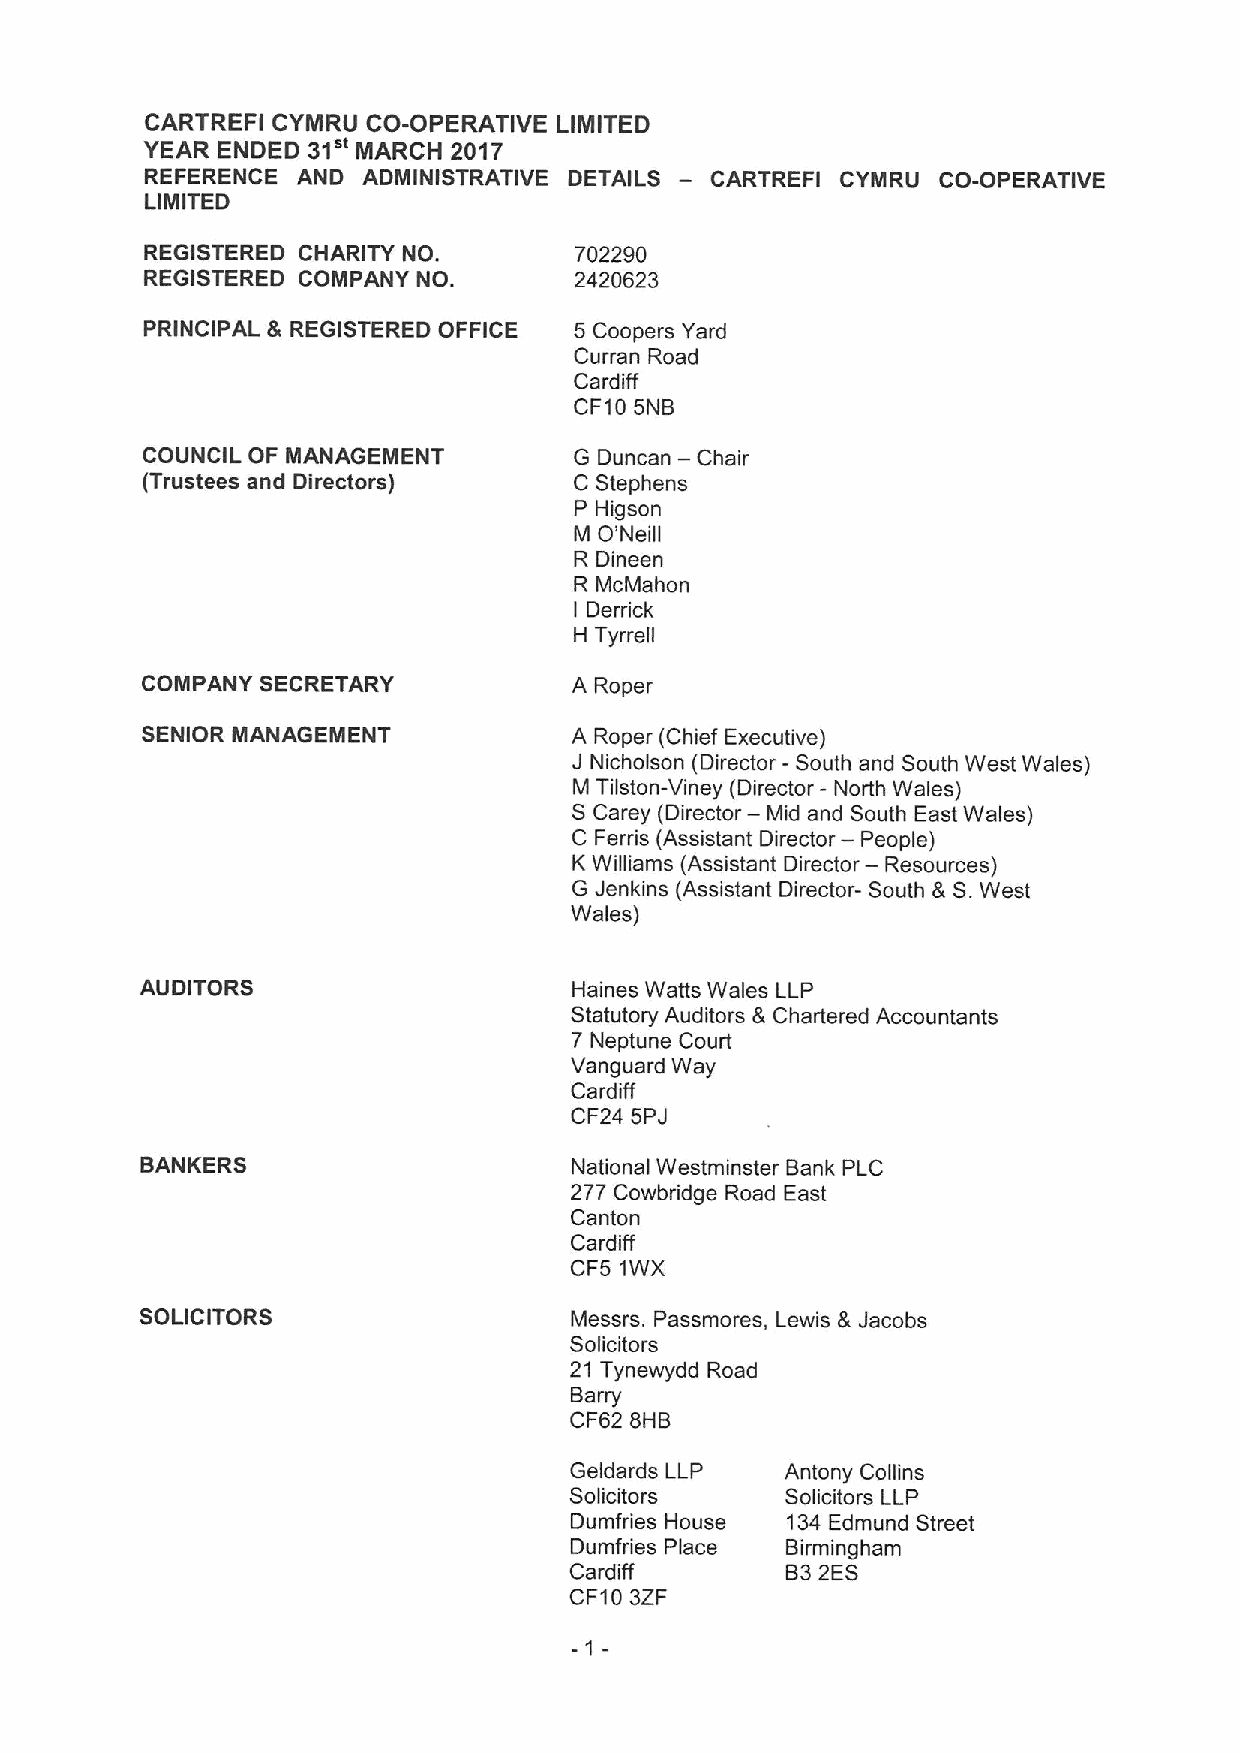
CARTREFI CYMRU CO-OPERATIVE LIMITED
 31"
 YEAR ENDED     MARCH 2017
 REFERENCE AND ADMINISTRATIVE DETAILS — CARTREFI CYMRU CO-OPERATIVE
 LIMITED
 REGISTERED CHARITY NO.      702290
 REGISTERED COMPANY NO.      2420623
 PRINCIPAL & REGISTERED OFFICE 5 Coopers Yard
 Curran Road
 Cardiff
 CF105NB
 COUNCIL OF MANAGEMENT        G Duncan — Chair
 (Trustees and Directors)     C Stephens
 P Higson
 O'
 M  Neill
 R Dineen
 R McMahon
 Derrick
 I
 H Tyrrell
 COMPANY SECRETARY            A Roper
 SENIOR MANAGEMENT            A Roper (Chief Executive)
 J Nicholson (Director - South and South West Wales)
 M Tiiston-Viney (Director - North Wales)
 SCarey (Director — Mid and South East Wales)
 —
 C Ferris (Assistant Director People)
 —
 K Williams (Assistant Director Resources)
 G Jenkins (Assistant Director- South &S.West
 Wales)
 AUDITORS                     Haines Watts Wales LLP
 Statutory Auditors &Chartered Accountants
 7 Neptune Court
 Vanguard Way
 Cardiff
 CF24 5PJ
 BANKERS                      National Westminster Bank PLC
 277 Cowbridge Road East
 Canton
 Cardiff
 CF5 1WX
 SOLICITORS                   Messrs. Passmores, Lewis &Jacobs
 Solicitors
 21 Tynewydd Road
 Barry
 CF62 BHB
 Geldards LLP  Antony Collins
 Solicitors    Solicitors LLP
 Dumfries House 134Edmund Street
 Dumfries Place Birmingham
 Cardiff       B32ES
 CF103ZF